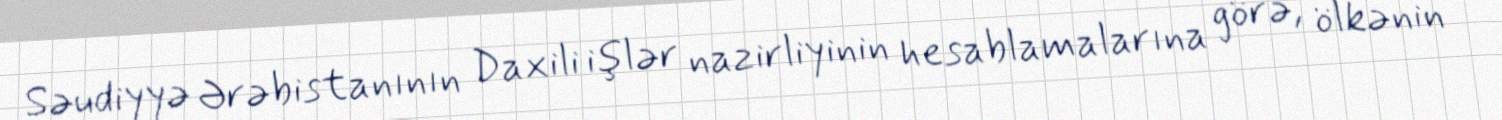
Səudiyyə Ərəbistanının Daxili işlər nazirliyinin hesablamalarına görə, ölkənin